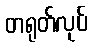
တရုတ်လုပ်